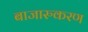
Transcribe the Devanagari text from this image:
बाजारुकरण